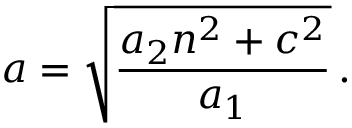
a = \sqrt { \frac { a _ { 2 } n ^ { 2 } + c ^ { 2 } } { a _ { 1 } } } \, .